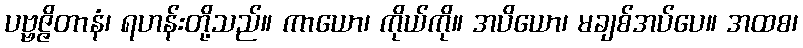
ပဗ္ဗဇ္ဇိတာနံ၊ ရဟန်းတို့သည်။ ကာယော၊ ကိုယ်ကို။ အပိယော၊ မချစ်အပ်ပေ။ အထစ၊